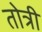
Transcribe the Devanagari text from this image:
तोत्री